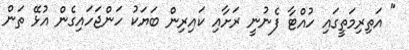
" އަތިރިމަތީގައި ހުއްޓާ ފެނުނީ ރަށާއި ކައިރިން ބަޔަކު ހަންޖަހައިގެން އުޅޭ ތަން